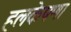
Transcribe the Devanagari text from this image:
हलकेपणा